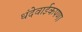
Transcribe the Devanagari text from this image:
धंदेवाईकपणा